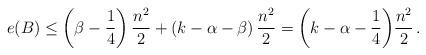
LaTeX: \begin{align*}e(B) \leq \left(\beta-\frac{1}{4}\right)\frac{n^2}{2}+\left(k-\alpha-\beta\right)\frac{n^2}{2} = \bigg(k-\alpha - \frac14 \bigg)\frac{n^2}{2}\,.\end{align*}